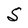
Character: S